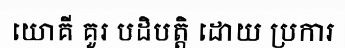
យោគី គួរ បដិបត្តិ ដោយ ប្រការ